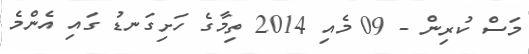
މަސް ކުރިން - 09 މެއި 2014 ތިމާގެ ހަށިގަނޑު ގައި އެންމެ